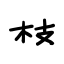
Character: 枝